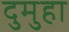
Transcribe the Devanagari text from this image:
दुमुहा